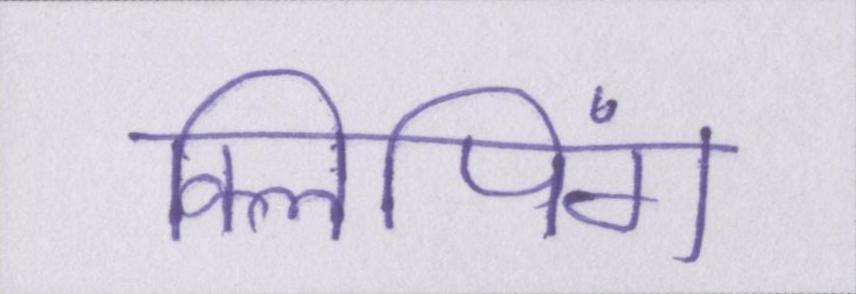
क्लिपिंग